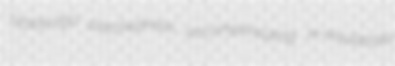
Notasulga parchedness uncompensating re-equilibrate